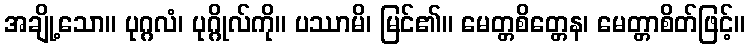
အချို့သော။ ပုဂ္ဂလံ၊ ပုဂ္ဂိုလ်ကို။ ပဿာမိ၊ မြင်၏။ မေတ္တစိတ္တေန၊ မေတ္တာစိတ်ဖြင့်။